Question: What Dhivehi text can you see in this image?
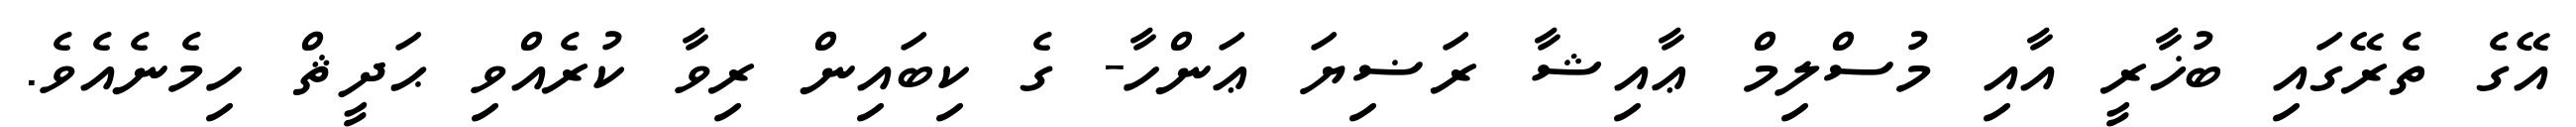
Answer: އޭގެ ތެރޭގައި ބުޚާރީ އާއި މުސްލިމް ޢާއިޝާ ރަޟިޔަ ޢަންހާ- ގެ ކިބައިން ރިވާ ކުރެއްވި ޙަދީޘް ހިމެނެއެވެ.